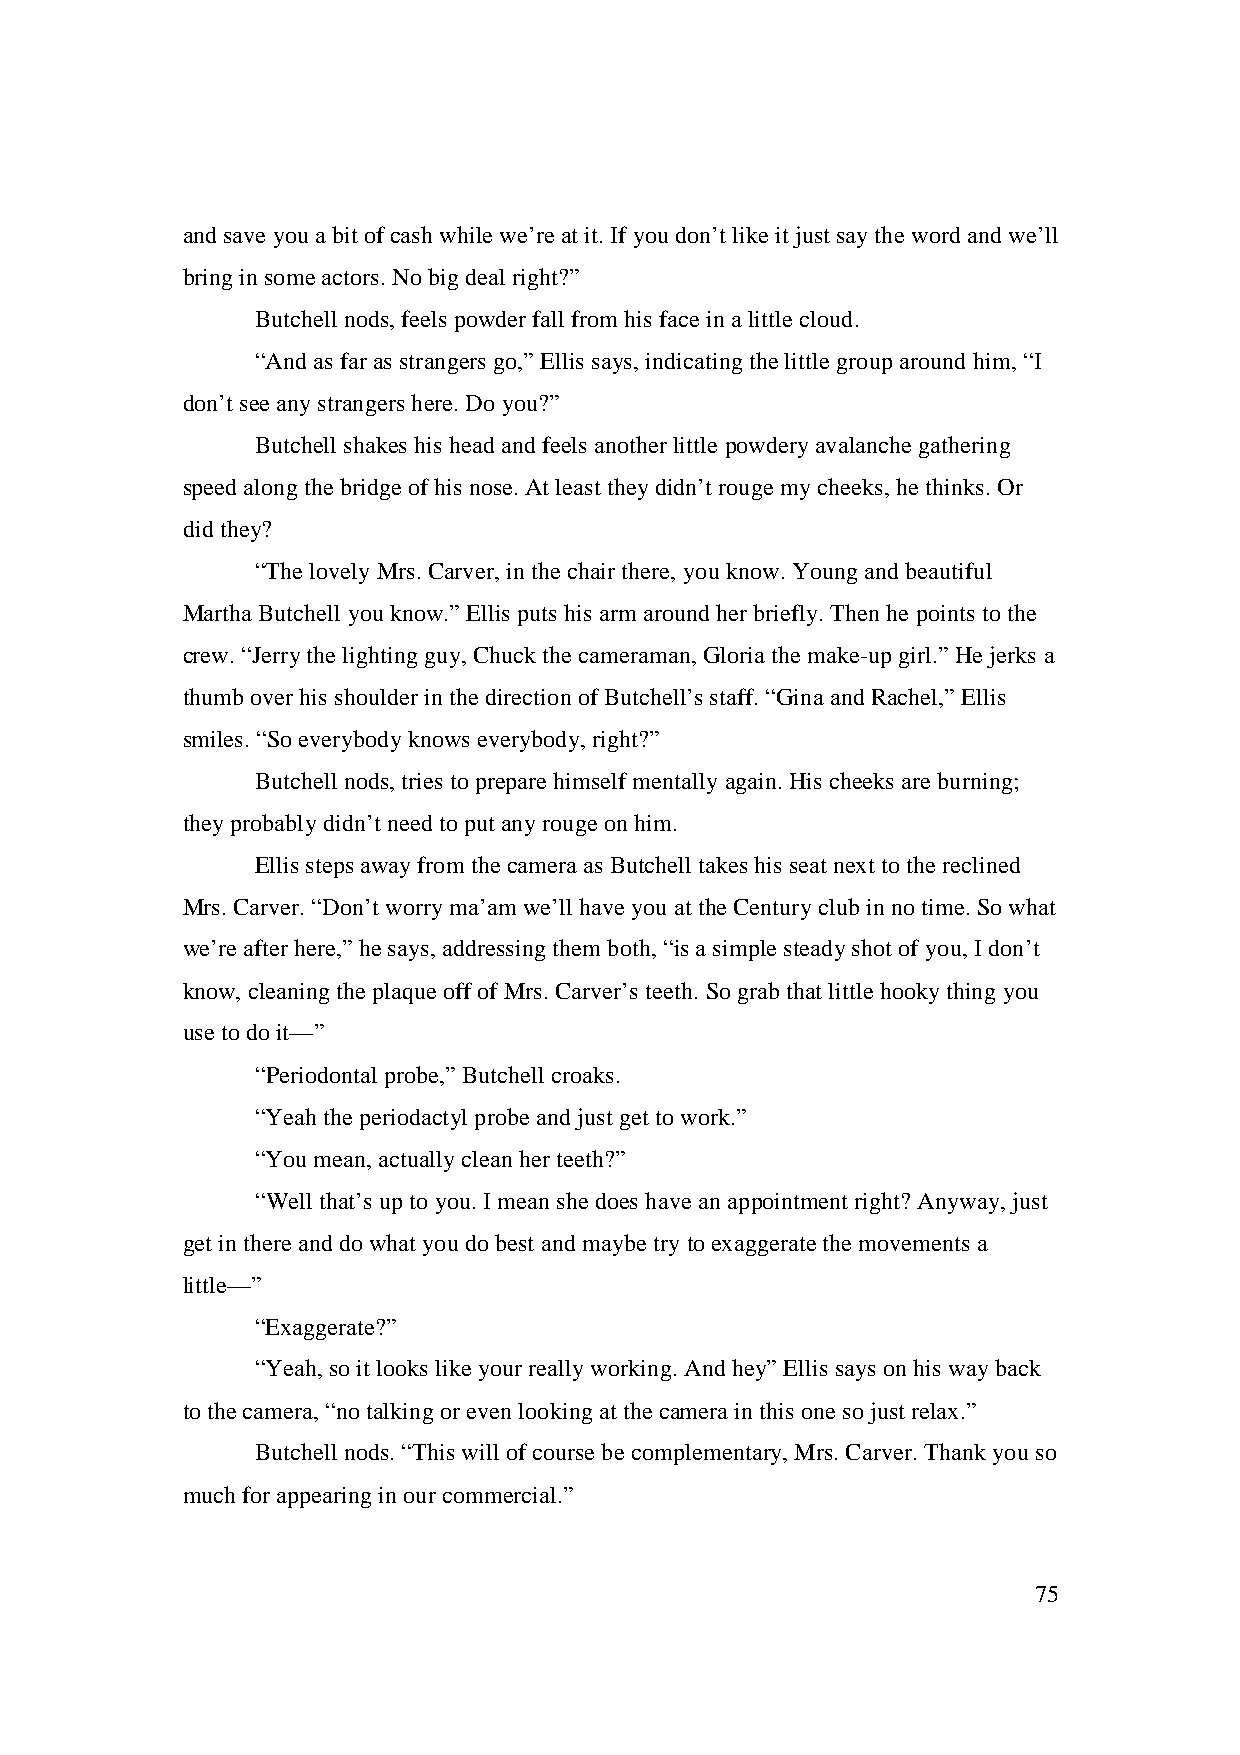
and save you a bit of cash while we’re at it. If you don’t like it just say the word and we’ll
 bring in some actors. No big deal right?”
 Butchell nods, feels powder fall from his face in a little cloud.
 “And as far as strangers go,” Ellis says, indicating the little group around him, “I
 don’t see any strangers here. Do you?”
 Butchell shakes his head and feels another little powdery avalanche gathering
 speed along the bridge of his nose. At least they didn’t rouge my cheeks, he thinks. Or
 did they?
 “The lovely Mrs. Carver, in the chair there, you know. Young and beautiful
 Martha Butchell you know.” Ellis puts his arm around her briefly. Then he points to the
 crew. “Jerry the lighting guy, Chuck the cameraman, Gloria the make-up girl.” He jerks a
 thumb over his shoulder in the direction of Butchell’s staff. “Gina and Rachel,” Ellis
 smiles. “So everybody knows everybody, right?”
 Butchell nods, tries to prepare himself mentally again. His cheeks are burning;
 they probably didn’t need to put any rouge on him.
 Ellis steps away from the camera as Butchell takes his seat next to the reclined
 Mrs. Carver. “Don’t worry ma’am we’ll have you at the Century club in no time. So what
 we’re after here,” he says, addressing them both, “is a simple steady shot of you, I don’t
 know, cleaning the plaque off of Mrs. Carver’s teeth. So grab that little hooky thing you
 use to do it—”
 “Periodontal probe,” Butchell croaks.
 “Yeah the periodactyl probe and just get to work.”
 “You mean, actually clean her teeth?”
 “Well that’s up to you. I mean she does have an appointment right? Anyway, just
 get in there and do what you do best and maybe try to exaggerate the movements a
 little—”
 “Exaggerate?”
 “Yeah, so it looks like your really working. And hey” Ellis says on his way back
 to the camera, “no talking or even looking at the camera in this one so just relax.”
 Butchell nods. “This will of course be complementary, Mrs. Carver. Thank you so
 much for appearing in our commercial.”
 75